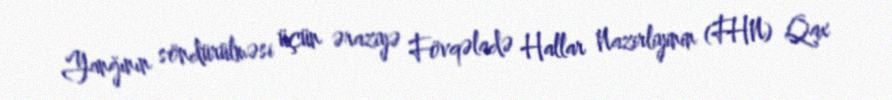
Yanğının söndürülməsi üçün əraziyə Fövqəladə Hallar Nazirliyinin (FHN) Qax